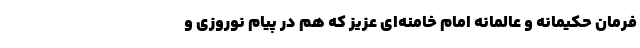
فرمان حکیمانه و عالمانه امام خامنه‌ای عزیز که هم در پیام نوروزی و